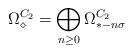
LaTeX: \begin{align*}\Omega^{C_2}_\diamond = \bigoplus_{n \geq 0} \Omega^{C_2}_{*-n\sigma}\end{align*}